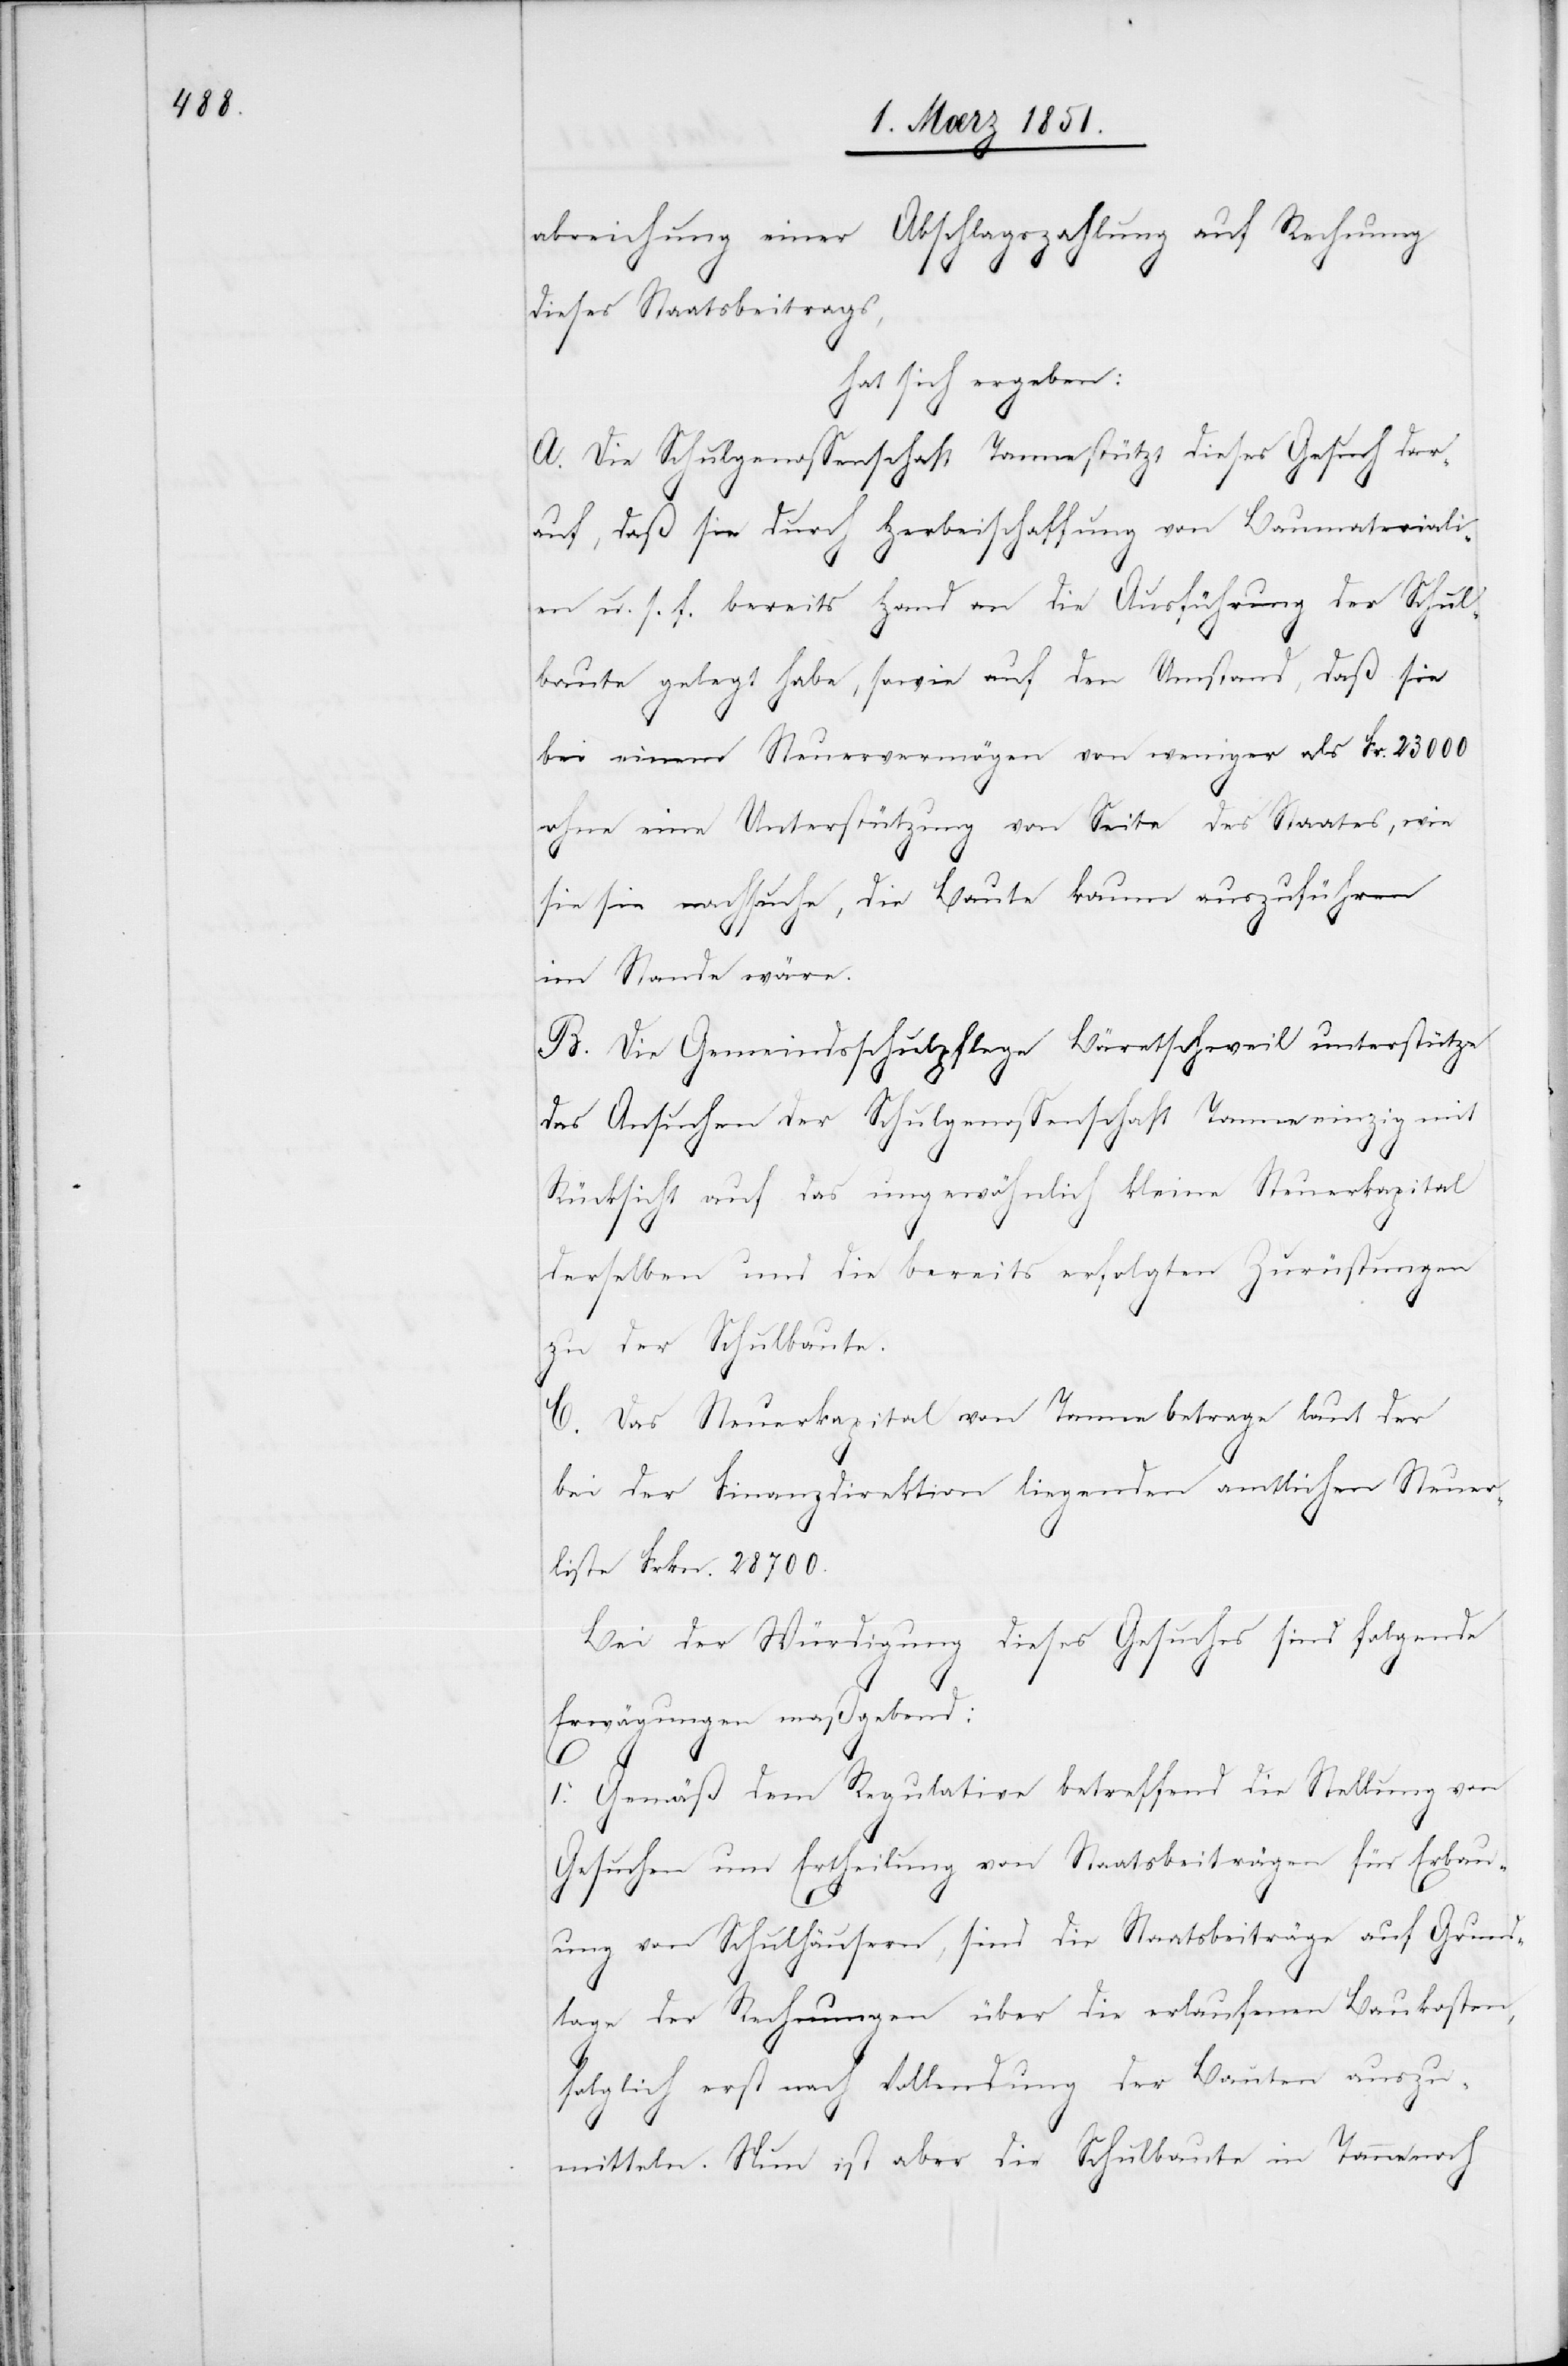
abreichung einer Abschlagszahlung auf Rechnung
dieses Staatsbeitrags,
hat sich ergeben:
A. Die Schulgenossenschaft Tanne stützt dieses Gesuch dar¬
auf, daß sie durch Herbeischaffung von Baumateriali¬
en u. s. f. bereits Hand an die Ausführung der Schul¬
baute gelegt habe, sowie auf den Umstand, daß sie
bei einem Steuervermögen von weniger als Fr. 23000
ohne eine Unterstützung von Seite des Staates, wie
sie sie nachsuche, die Baute kaum auszuführen
im Stande wäre.
B. Die Gemeindsschulpflege Bäretschweil unterstütze
das Ansuchen der Schulgenossenschaft Tanne einzig mit
Rücksicht auf das ungewöhnlich kleine Steuerkapital
derselben und die bereits erfolgten Zurüstungen
zu der Schulbaute.
C. Das Steuerkapital von Tanne betrage laut der
bei der Finanzdirektion liegenden amtlichen Steuer¬
liste Frkn. 28700.
Bei der Würdigung dieses Gesuches sind folgende
Erwägungen maßgebend:
1. Gemäß dem Regulative betreffend die Stellung von
Gesuchen um Ertheilung von Staatsbeiträgen für Erbau¬
ung von Schulhäusern, sind die Staatsbeiträge auf Grund¬
lage der Rechnungen über die erlaufenen Baukosten,
folglich erst nach Vollendung der Bauten auszu¬
mitteln. Nun ist aber die Schulbaute in Tanne noch